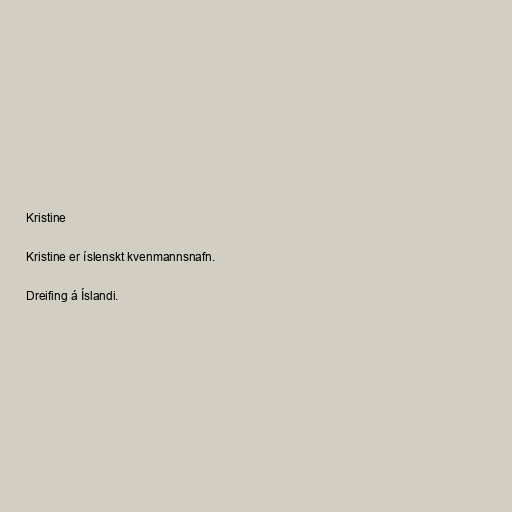
Kristine

Kristine er íslenskt kvenmannsnafn.

Dreifing á Íslandi.